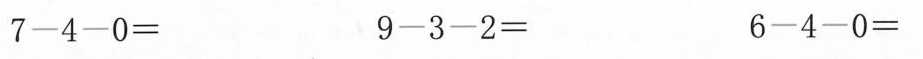
7-4-0= 9-3-2= 6-4-0=